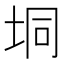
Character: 垌